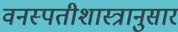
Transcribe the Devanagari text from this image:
वनस्पतीशास्त्रानुसार